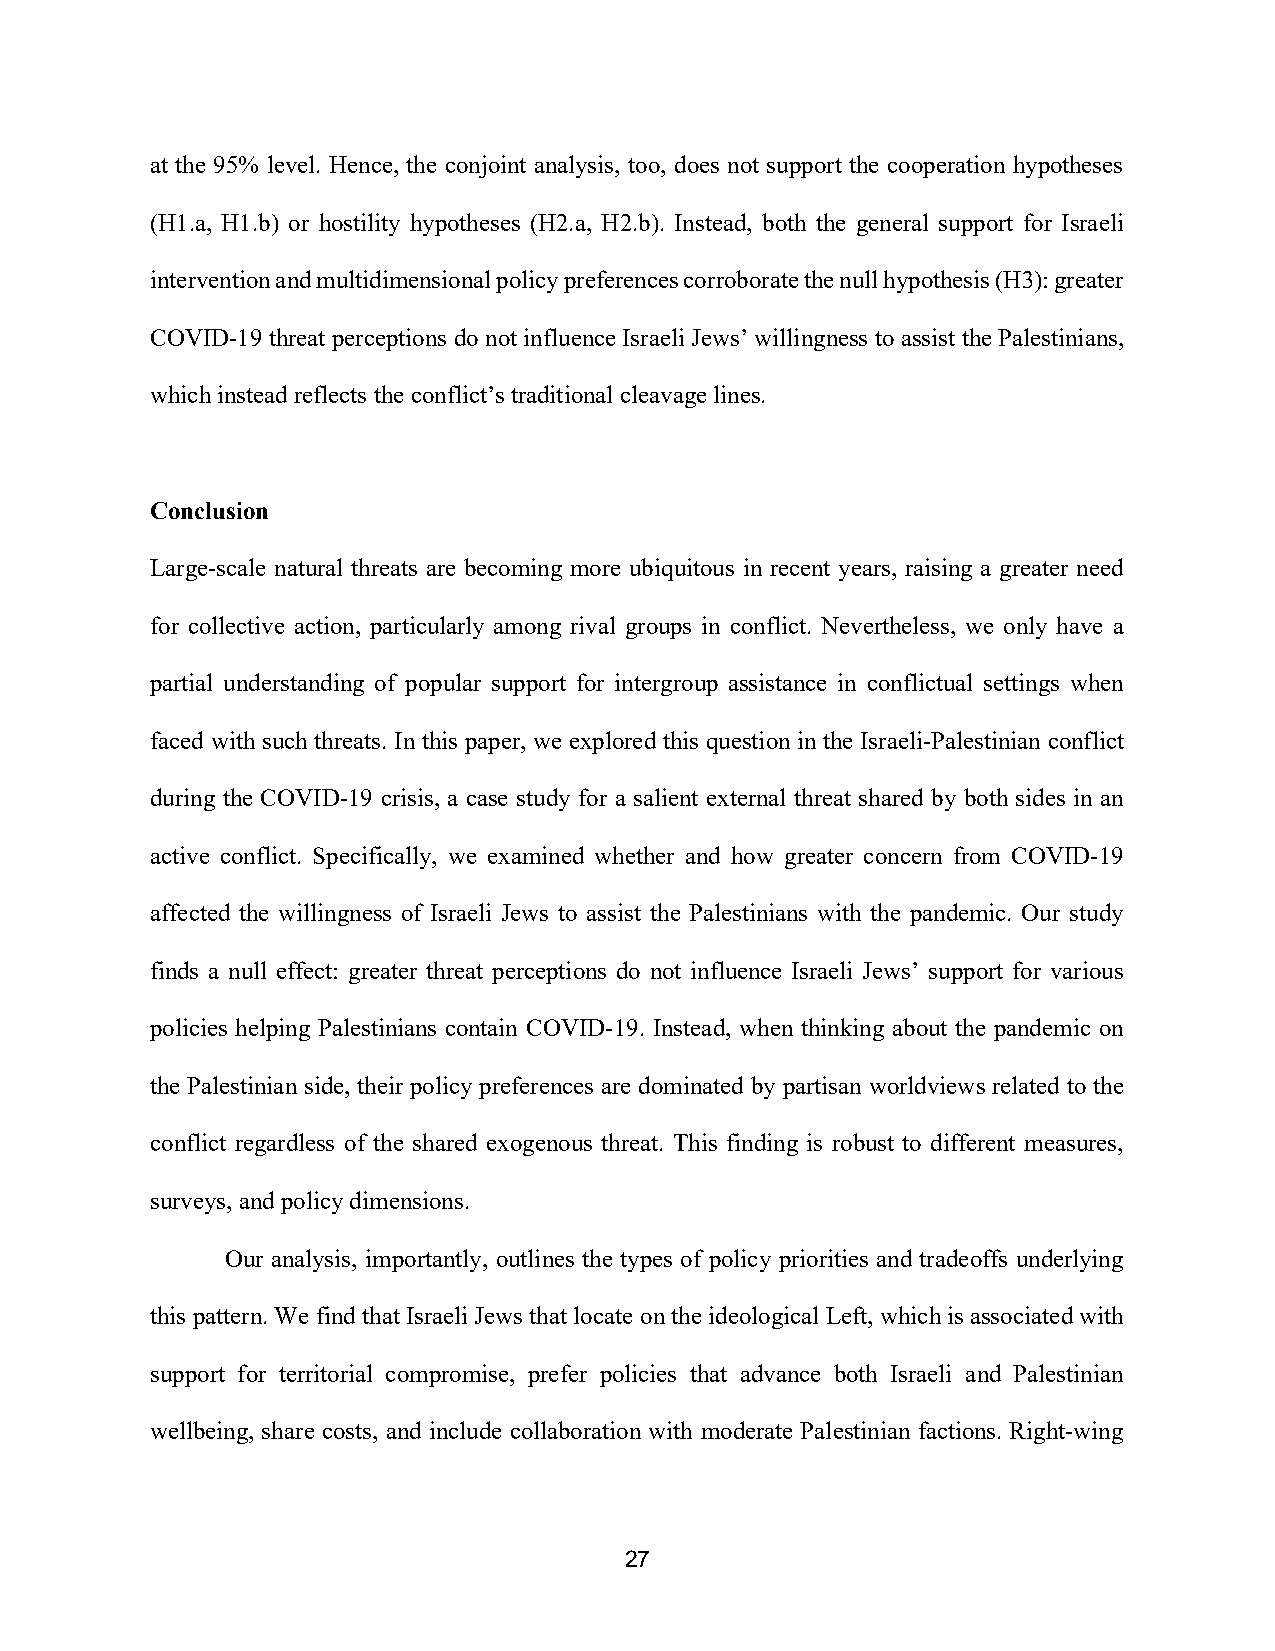
at the 95% level. Hence, the conjoint analysis, too, does not support the cooperation hypotheses
 (H1.a, H1.b) or hostility hypotheses (H2.a, H2.b). Instead, both the general support for Israeli
 intervention and multidimensional policy preferences corroborate the null hypothesis (H3): greater
 COVID-19 threat perceptions do not influence Israeli Jews’ willingness to assist the Palestinians,
 which instead reflects the conflict’s traditional cleavage lines.
 Conclusion
 Large-scale natural threats are becoming more ubiquitous in recent years, raising a greater need
 for collective action, particularly among rival groups in conflict. Nevertheless, we only have a
 partial understanding of popular support for intergroup assistance in conflictual settings when
 faced with such threats. In this paper, we explored this question in the Israeli-Palestinian conflict
 during the COVID-19 crisis, a case study for a salient external threat shared by both sides in an
 active conflict. Specifically, we examined whether and how greater concern from COVID-19
 affected the willingness of Israeli Jews to assist the Palestinians with the pandemic. Our study
 finds a null effect: greater threat perceptions do not influence Israeli Jews’ support for various
 policies helping Palestinians contain COVID-19. Instead, when thinking about the pandemic on
 the Palestinian side, their policy preferences are dominated by partisan worldviews related to the
 conflict regardless of the shared exogenous threat. This finding is robust to different measures,
 surveys, and policy dimensions.
 Our analysis, importantly, outlines the types of policy priorities and tradeoffs underlying
 this pattern. We find that Israeli Jews that locate on the ideological Left, which is associated with
 support for territorial compromise, prefer policies that advance both Israeli and Palestinian
 wellbeing, share costs, and include collaboration with moderate Palestinian factions. Right-wing
 27